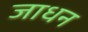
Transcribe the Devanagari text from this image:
जाधन